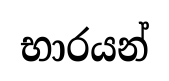
භාරයන්